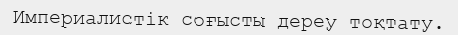
Империалистік соғысты дереу тоқтату.